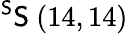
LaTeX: ^{\mathsf{S}}\mathsf{S}\ (14,14)